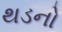
થડનો